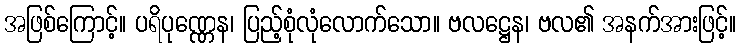
အဖြစ်ကြောင့်။ ပရိပုဏ္ဏေန၊ ပြည့်စုံလုံလောက်သော။ ဗလဋ္ဌေန၊ ဗလ၏ အနက်အားဖြင့်။